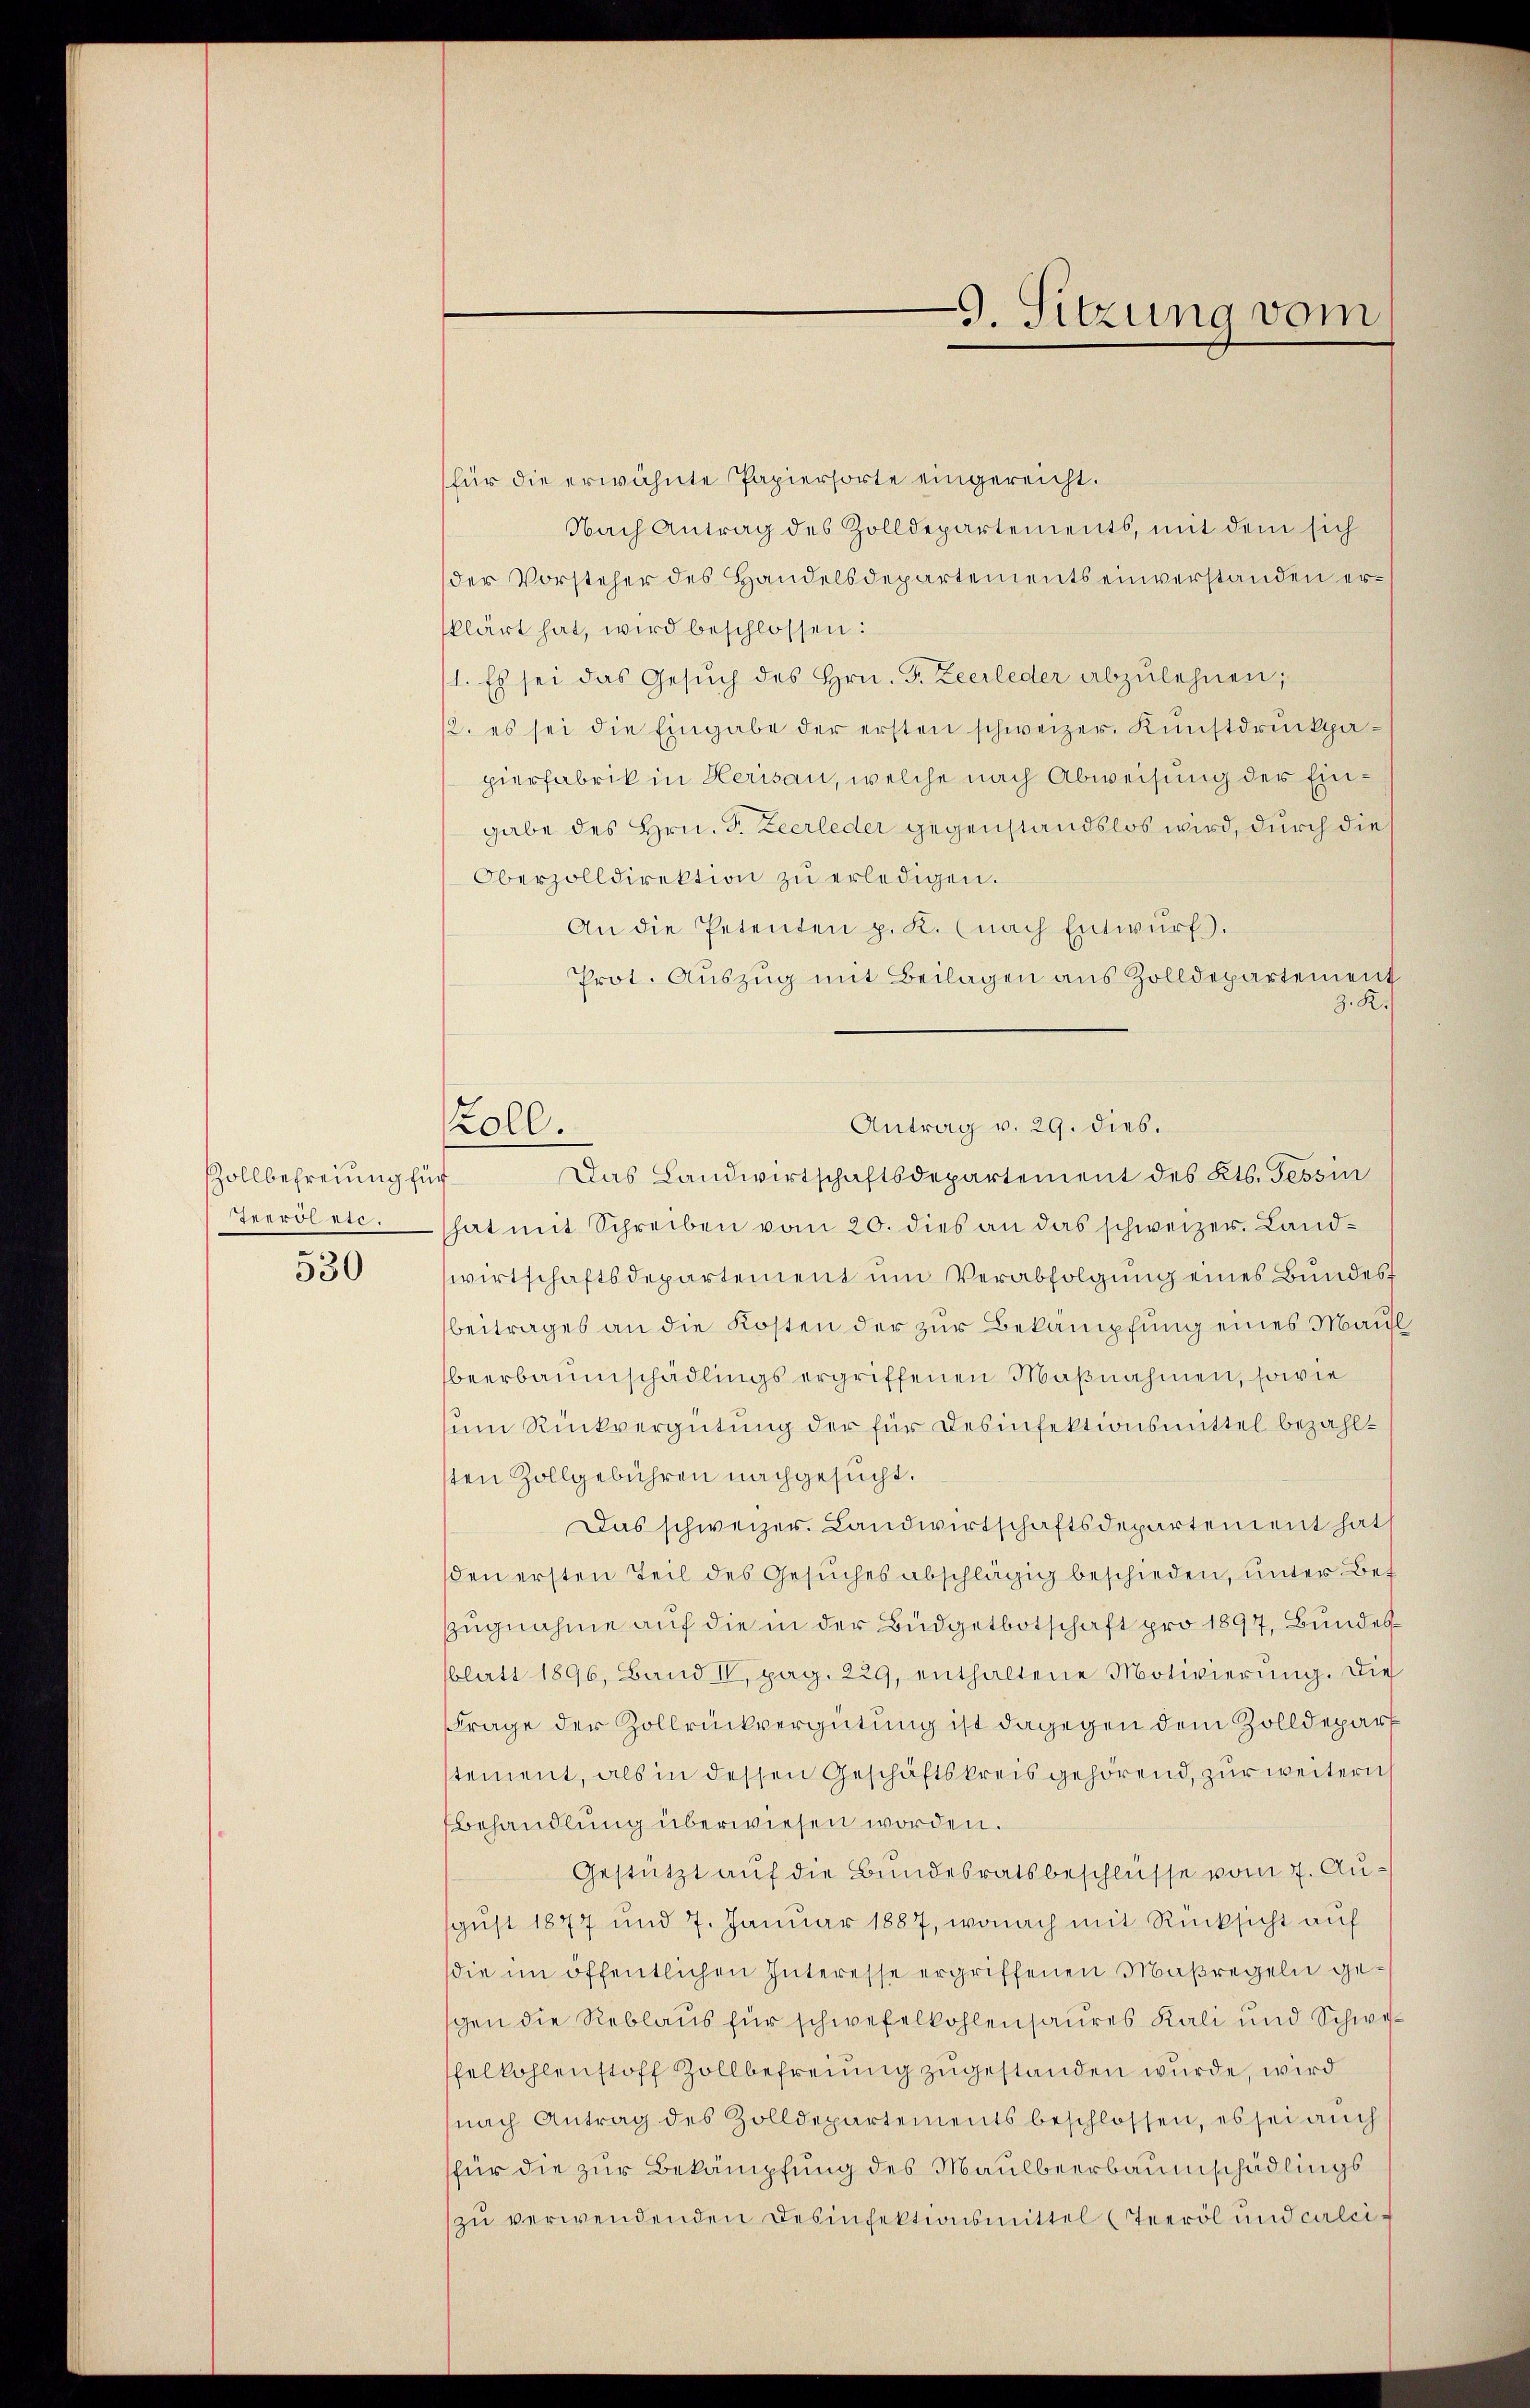
Zollbefreiung für
reroeste.

530

oll.

für die erwähnte Papiersorte eingereicht.
Nach Antrag des Zolldepartements, mit dem sich
der Vorsteher des Handelsdepartements einverstanden erklärt hat, wird beschlossen:
1. Es sei das Gesŭch des Hrn. F. Zeerleder abzulehnen;
12. es sei die Eingabe der ersten schweizer. Kunstdruckpapierfabrik in Herisau, welche nach Abweisung der Eingabe des Hrn. S. Zeerleder gegenstandslos wird, durch die
Oberzolldirektion zŭ erledigen.
An die Petenten p. K. (nach Entwŭrf.
Prot. Auszug mit Beilagen aus Zolldepartement
z. R.
hat mit Schreiben vom 20. dies an das schweizer. Landwirtschaftsdepartement um Verabfolgung eines Bundesbeitrages an die Kosten der zur Bekämpfung eines Maul
beerbaumschädlings ergriffenen Maßnahmen, sowie
um Rückvergütung der für Desinfektionsmittel bezahlsten Zollgebühren nachgesucht.
Das schweizer. Landwirtschaftsdepartement hat
den ersten Teil des Gesuches abschlägig beschieden, unter Bef
zugnahme auf die in der Budgetbotschaft pro 1897, Bundes
blatt 1896, Band IV, pag. 229, enthaltene Motivierŭng. Die
Frage der Zollrückvergütung ist dagegen dem Zolldepar
stement, als in dessen Geschäftskreis gehörend, zur weitern
Ebehandlung überwiesen worden.
Gestützt auf die Bundesratsbeschlüsse vom 7. August 1877 und 7. Januar 1887, wonach mit Rücksicht auf
die im öffentlichen Interesse ergriffenen Maßregeln gegen die Reblaus für schwefelkohlensaures Kali und Schwefelkohlenstoff Zollbefreiung zugestanden wurde, wird
nach Antrag des Zolldepartements beschlossen, es sei auch
(für die zur Bekämpfung des Maulbeerbaumschädlings
zu verwendenden Desinfektionsmittel (Teerol und calci-

9. Sitzung vom

Antrag v. 29. dies.
Das Landwirtschaftsdepartement des Kts. Tessin